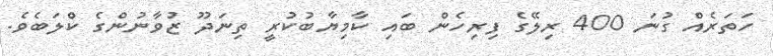
ހަތަރެއް ގުނަ 400 ރިލޭގެ ފިރިހެން ބައި ކާމިޔާބުކުރީ ތިނަދޫ ޒުވާނުންގެ ކްލަބެވެ.